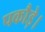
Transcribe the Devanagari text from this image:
पकौड़े।